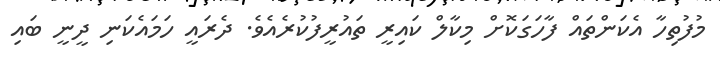
މުފުތިހާ އެކަންތައް ފާހަގަކޮށް މިކާލް ކައިރީ ތައުރީފުކުރެއެވެ. ދެރައީ ހަމައެކަނި ދީނީ ބައި